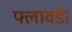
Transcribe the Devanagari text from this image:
फ्लावर्ड।